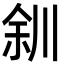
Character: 𫶨